Lunatic asylums Punjab 1895-1910 - 1895-1910
Year: 1895
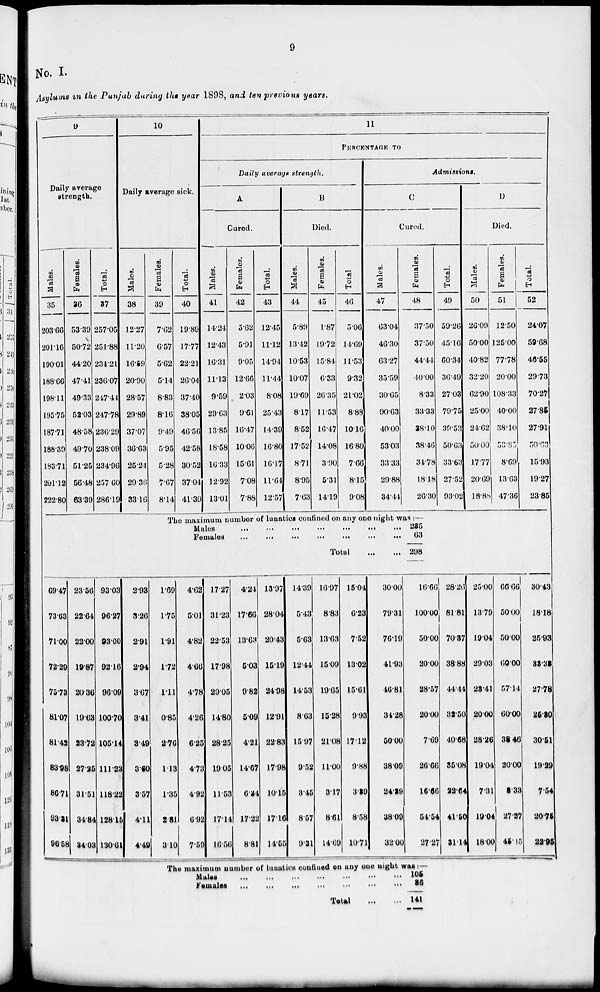
9
No. I.
Asylums in the Punjab during the year 1898, and ten previous years.
9
Daily average
strength.
Males.
35
203.66
201.16
190.01
188.66
198.11
195.75
187.71
188.39
183.71
201.12
222.80
Females.
36
53.39
50.72
44.20
47.41
49.33
52.03
48.58
49.70
51.25
56.48
63.39
Total.
37
257.05
251.88
234.21
236.07
247.44
247.78
236.29
238.09
234.96
257.60
286.19
10
Daily average sick.
Males.
38
12.27
11.20
16.59
20.90
28.57
29.89
37.07
36.63
25.24
29-36
33.16
Females.
39
7.62
6.57
5.62
514
8.83
8.16
9.49
5.95
5.28
7.67
8.14
Total.
40
19.89
17.77
22.21
26.04
37.40
38.05
46.56
42.58
30.52
37.04
41.30
11
PERCENTAGE TO
Daily average
strength.
A
Cured.
Males.
41
14.24
12.43
16.31
11.13
9.59
29.63
13.85
18.58
16.33
12.92
13.01
Females.
42
5.62
5.91
9.05
12.66
2.03
9.61
16.47
10.06
15.61
7.08
7.88
Total.
43
12.45
11.12
14.94
11.44
8.08
25.43
14.39
16.80
16.17
11.64
12.57
B
Died.
Males.
44
5.89
13.42
10.53
10.07
19.69
8.17
8.52
17.52
8.71
8.95
7.63
Females.
45
1.87
19.72
15.84
6.33
26.35
11.53
16.47
14.08
3.90
5.31
14.19
Total
46
5.06
14.69
11.53
9.32
21.02
8.88
10.16
16.80
7.66
8.15
9.08
Admissions.
C
Cured.
Males.
47
63.04
46.30
63.27
35.59
30.65
90.63
40.00
53.03
33.33
29.88
34.44
Females.
48
37.50
37.50
44.44
40.00
8.33
33.33
38.10
38.46
34.78
18.18
26.30
Total.
49
59.26
45.16
60.34
36.49
27.03
79.75
39.53
50.63
33.63
27.52
93.02
D
Died.
Males.
50
26.09
50.00
40.82
32.20
62.90
25.00
24.62
50.00
17.77
20.69
18.88
Females.
51
12.50
125.00
77.78
20.00
108.33
40.00
38.10
53.85
8.69
13.63
47.36
Total.
52
24.07
59.68
46.55
29.73
70.27
27.85
27.91
50.63
15.93
19.27
23.85
The maximum number of lunatics confined on any one night was:—
Males
...
...
...
...
....
...
...
Females
...
...
...
...
....
...
...
Total ... ...
285
63
298
69.47
73.63
71.00
72.29
75.73
81.07
81.42
83.98
86.71
88.31
96.58
23.56
22.64
22.00
19.87
20.36
19.63
23.72
27.25
31.51
34.84
34.03
93.03
96.27
93.00
92.16
96.09
100.70
105.14
111.23
118.22
123.15
130.61
2.93
3.26
2.91
2.94
3.67
3.41
3.49
3.60
3.57
4.11
4.49
1.69
1.75
1.91
1.72
1.11
0.85
2.76
1.13
1.35
2.81
3.10
4.62
5.01
4.82
4.66
4.78
4.26
6.25
4.73
4.92
6.92
7.59
17.27
31.23
22.53
17.98
29.05
14.80
28.25
19.05
11.53
17.14
16.56
4.24
17.66
13.63
5.03
9.82
5.09
4.21
14.67
6.84
17.22
8.81
13.97
28.04
20.43
15.19
24.98
12.91
22.88
17.98
10.15
17.16
14.55
14.39
5.43
5.63
12.44
14.53
8.68
15.97
9.52
3.45
8.57
9.81
16.97
8.83
13.68
15.09
19.65
15.28
21.08
11.00
3.17
8.61
14.69
15.04
6.23
7.52
13.02
15.61
9.93
17.12
9.88
3.39
8.58
10.71
30.00
79.31
76.19
41.93
46.81
34.28
50.00
38.09
24.39
38.09
32.00
16.66
100.00
50.00
20.00
28.57
20.00
7.69
26.66
16.66
54.54
27.27
28.26
81.81
70.37
38.88
44.44
32.50
40.68
85.08
22.64
41.50
81.14
25.00
13.79
19.04
29.03
28.41
20.00
28.26
19.04
7.31
19.04
18.00
66.66
50.00
50.00
60.00
57.14
60.00
38.46
20.00
8.38
27.27
45.15
30.43
18.18
25.93
33.38
27.78
25.30
80.51
19.29
7.54
20.75
22.95
The maximum number of lunatics confined on any one night was :—
Males ... ... ... ... .... ... ...
Females ... ... ... ... .... ... ...
Total
...
...
105
36
141